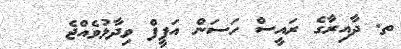
ތ. ދާއިރާގެ ރައީސް ހަސަން އަފީފް ވިދާޅުވެއްޖެ